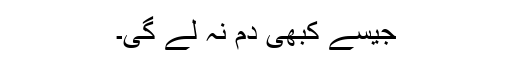
جیسے کبھی دم نہ لے گی۔